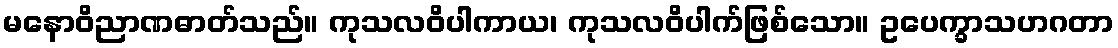
မနောဝိညာဏဓာတ်သည်။ ကုသလဝိပါကာယ၊ ကုသလဝိပါက်ဖြစ်သော။ ဥပေက္ခာသဟဂတာ